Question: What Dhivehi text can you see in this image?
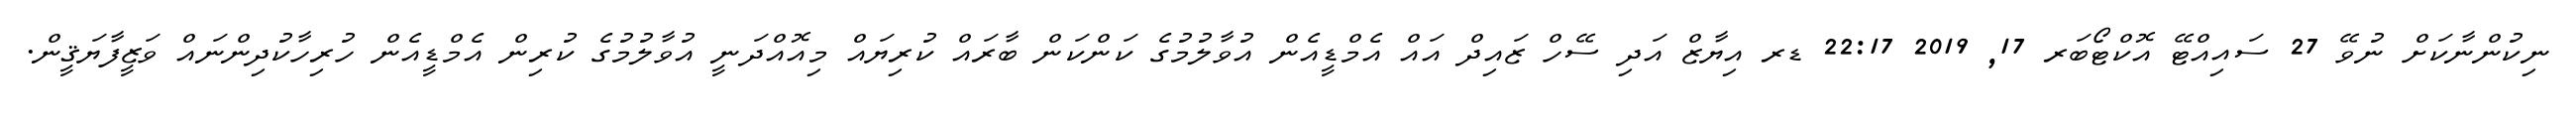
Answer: ނިކުންނާކަށް ނުވޭ 27 ސައިއްޓޭ އޮކްޓޯބަރ 17, 2019 22:17 ޑރ އިޔާޒް އަދި ސޭހް ޒައިދް އައް އެމްޑީއެން އުވާލުމުގެ ކަންކަން ބާރައް ކުރިޔައް މިއޮއްދަނީ އުވާލުމުގެ ކުރިން އެމްޑީއެން ހުރިހާކުދިންނައް ވަޒީފާޔަޤީން.